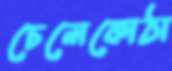
চেলেকোঠা